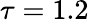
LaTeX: \tau=1.2